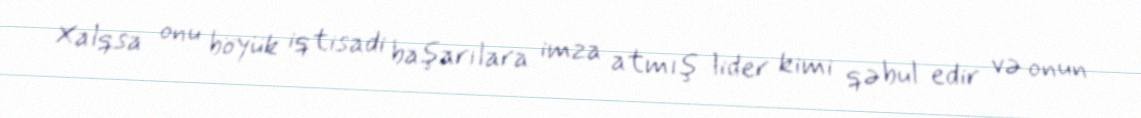
Xalqsa onu böyük iqtisadi başarılara imza atmış lider kimi qəbul edir və onun